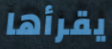
يقرأها